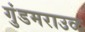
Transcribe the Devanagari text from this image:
गुंडमराउळ